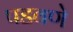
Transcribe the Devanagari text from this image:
पडवणे